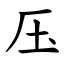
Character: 压